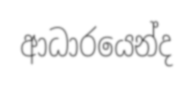
ආධාරයෙන්ද